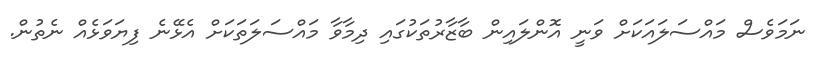
ނަމަވެސް މައްސަލައަކަށް ވަނީ އޮންލައިން ބާޒާރުތަކުގައި ދިމާވާ މައްސަލަތަކަށް އެޅޭނެ ފިޔަވަޅެއް ނެތުން.